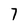
Character: 7